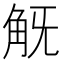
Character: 𧢾